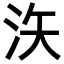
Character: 𪵳